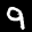
Label: 9